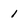
Character: 1